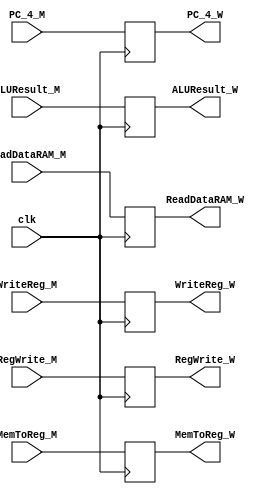
/*Pipeline para la etapa de memory/write back

*/

module PipeMemory_Write
(
	input clk,
	
	//Control
	
	input [1:0]MemToReg_M, 
	input RegWrite_M,
	
	output reg[1:0]MemToReg_W, 
	output reg RegWrite_W,
	
	//Data
	
	input [31:0]ReadDataRAM_M,
	input [31:0]ALUResult_M,
	input [31:0]PC_4_M,
	input [4:0]WriteReg_M,
	
	output reg[31:0]ReadDataRAM_W,
	output reg[31:0]ALUResult_W,
	output reg[31:0]PC_4_W,
	output reg[4:0]WriteReg_W
	
);



	always@(negedge clk)
	begin		
		MemToReg_W = MemToReg_M;
		RegWrite_W = RegWrite_M;

	end
	
	always@(negedge clk)
	begin
		ReadDataRAM_W = ReadDataRAM_M;
		ALUResult_W = ALUResult_M;
		PC_4_W = PC_4_M;
		WriteReg_W = WriteReg_M;
	end
endmodule